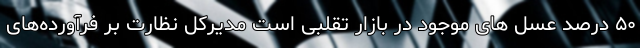
۵۰ درصد عسل های موجود در بازار تقلبی است مدیرکل نظارت بر فرآورده‌های